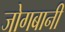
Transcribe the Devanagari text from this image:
जोगबानी